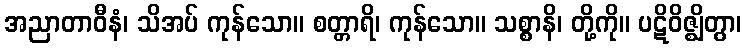
အညာတာဝီနံ၊ သိအပ် ကုန်သော။ စတ္တာရိ၊ ကုန်သော။ သစ္စာနိ၊ တို့ကို။ ပဋိဝိဇ္ဈိတွာ၊